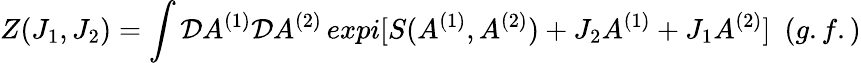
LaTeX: Z(J_{1},J_{2})=\int{\mathcal D}A^{(1)}{\mathcal D}A^{(2)}\, expi[S(A^{(1)},A^{(2)})+J_{2}A^{(1)}+J_{1}A^{(2)}]\ \ (g.f.)